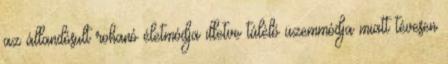
az állandósult rohanó életmódja illetve túlélő üzemmódja miatt tévesen